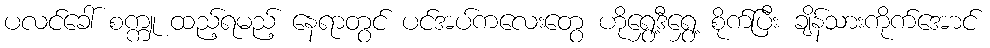
ပလင်ခေါ် စက္ကူ ထည့်ရမည့် နေရာတွင် ပင်အပ်ကလေးတွေ ဟိုရွှေ့ဒီရွှေ့ စိုက်ပြီး ချိန်သားကိုက်အောင်